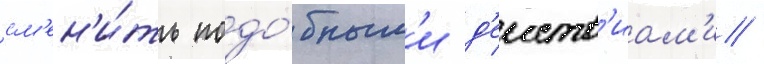
см'ен'и́ть подо́бным'и д'еиств'иам'и /